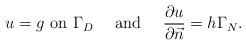
LaTeX: \begin{align*}u=g\mbox{ on }\Gamma_{D}\quad\mbox{ and }\quad\frac{\partial u}{\partial\vec{n}}=h\Gamma_{N}.\end{align*}